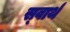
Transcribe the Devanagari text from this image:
स्‍वार्थ